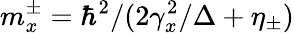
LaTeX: m_{x}^{\pm}=\hbar^{2}/(2\gamma_{x}^{2}/\Delta+\eta_{\pm})